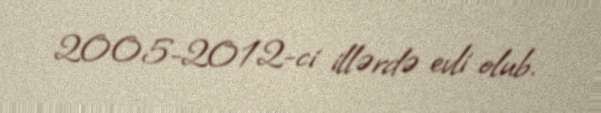
2005-2012-ci illərdə evli olub.